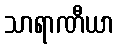
သာရာဏီယာ